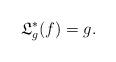
LaTeX: \begin{align*} \mathfrak{L}_{g}^{*}(f)=g.\end{align*}